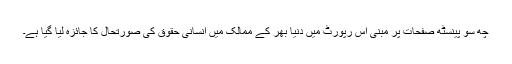
چھ سو پینسٹھ صفحات پر مبنی اس رپورٹ میں دنیا بھر کے ممالک میں انسانی حقوق کی صورتحال کا جائزہ لیا گیا ہے۔